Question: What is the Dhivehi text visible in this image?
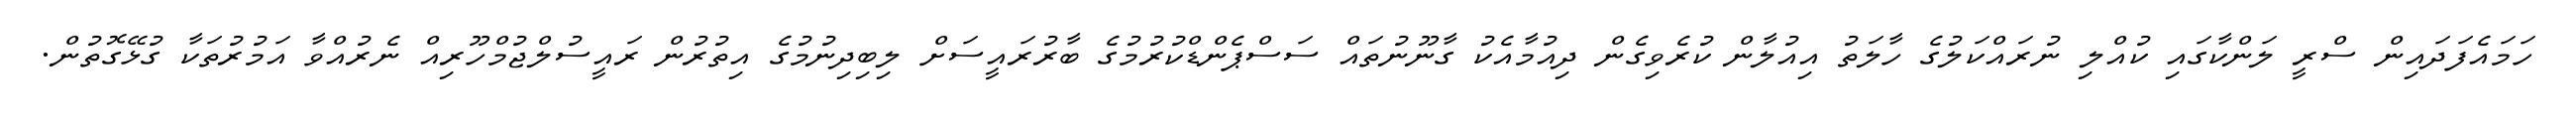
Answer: ހަމައެފަދައިން ސްރީ ލަންކާގައި ކުއްލި ނުރައްކަލުގެ ހާލަތު އިއުލާން ކުރެވިގެން ދިއުމާއެކު ގާނޫނުތައް ސަސްޕެންޑްކުރުމުގެ ބާރުރައީސަށް ލިބިދިނުމުގެ އިތުރުން ރައީސުލްޖުމްހޫރިއް ނެރުއްވާ އަމުރުތަކާ ގުޅޭގޮތުން.